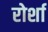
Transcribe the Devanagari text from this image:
रोर्शा